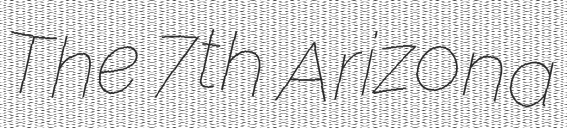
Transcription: The 7th Arizona